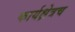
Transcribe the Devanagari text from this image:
कार्यक्षेत्रच